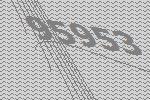
95953